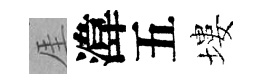
厓湋五塿